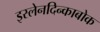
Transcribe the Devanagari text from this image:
इस्लेनदिन्काबोक